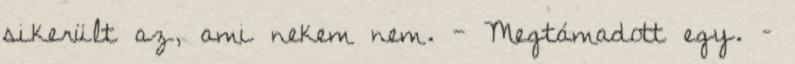
sikerült az, ami nekem nem. - Megtámadott egy. –